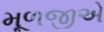
મૂળજીએ